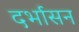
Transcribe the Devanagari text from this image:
दर्भासन